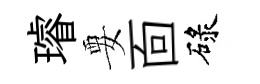
璿要靣碌